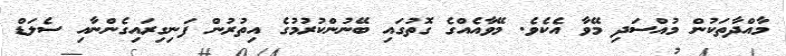
މާއްދާތަކުން މުއްސަދި މޭވާ އެކެވެ. މޭވާއެއްގެ ގޮތުގައި ބޭނުންކުރުމުގެ އިތުރުން ފަނިގިރައިގެންނާއި ސެލަޑް